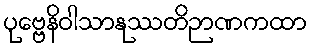
ပုဗ္ဗေနိဝါသာနုဿတိဉာဏကထာ